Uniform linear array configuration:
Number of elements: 16
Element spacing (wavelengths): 1
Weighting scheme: hann
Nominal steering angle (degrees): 15
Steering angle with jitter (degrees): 15.597
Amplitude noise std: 0.05
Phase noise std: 0.05

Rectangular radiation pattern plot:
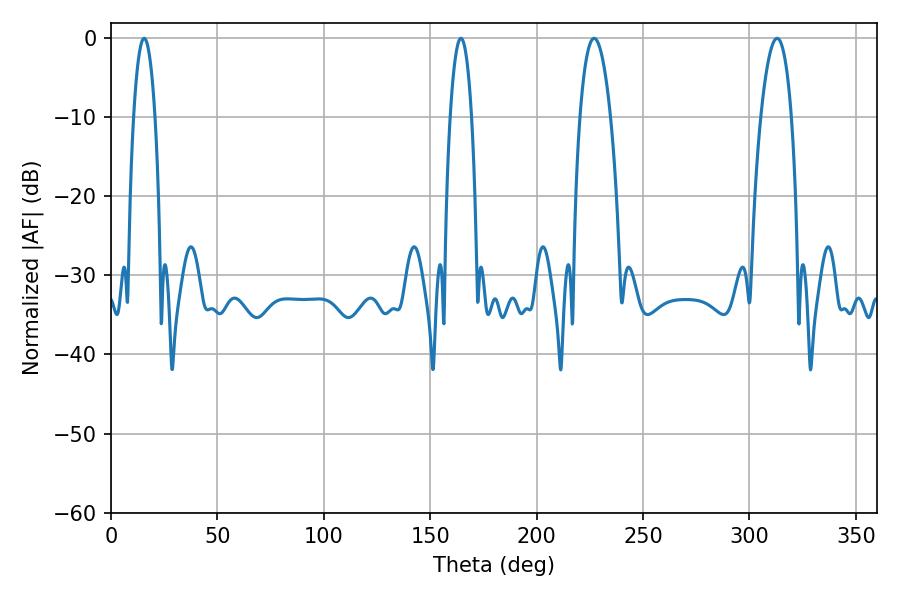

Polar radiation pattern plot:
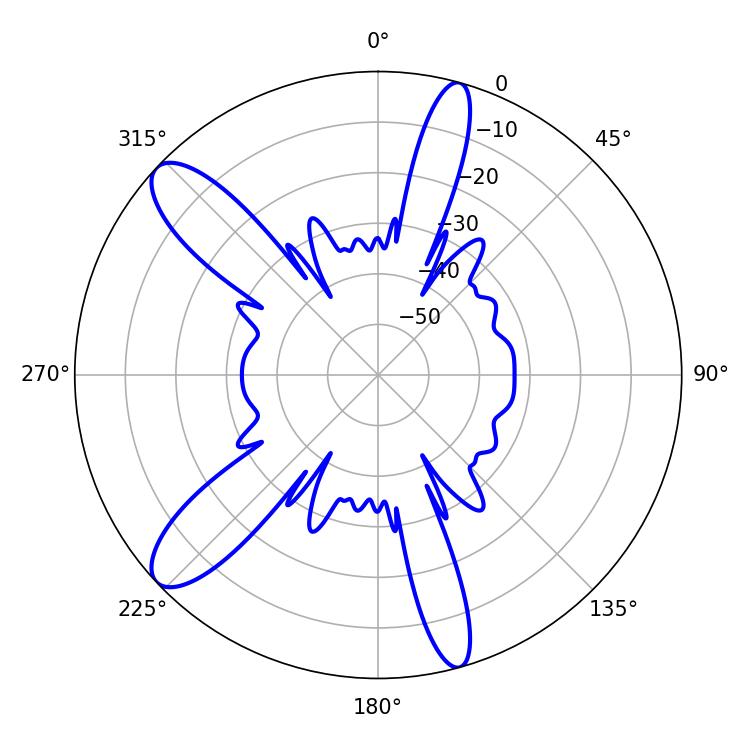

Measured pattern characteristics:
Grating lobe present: TRUE
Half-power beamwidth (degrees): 7.92
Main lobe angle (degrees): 226.98